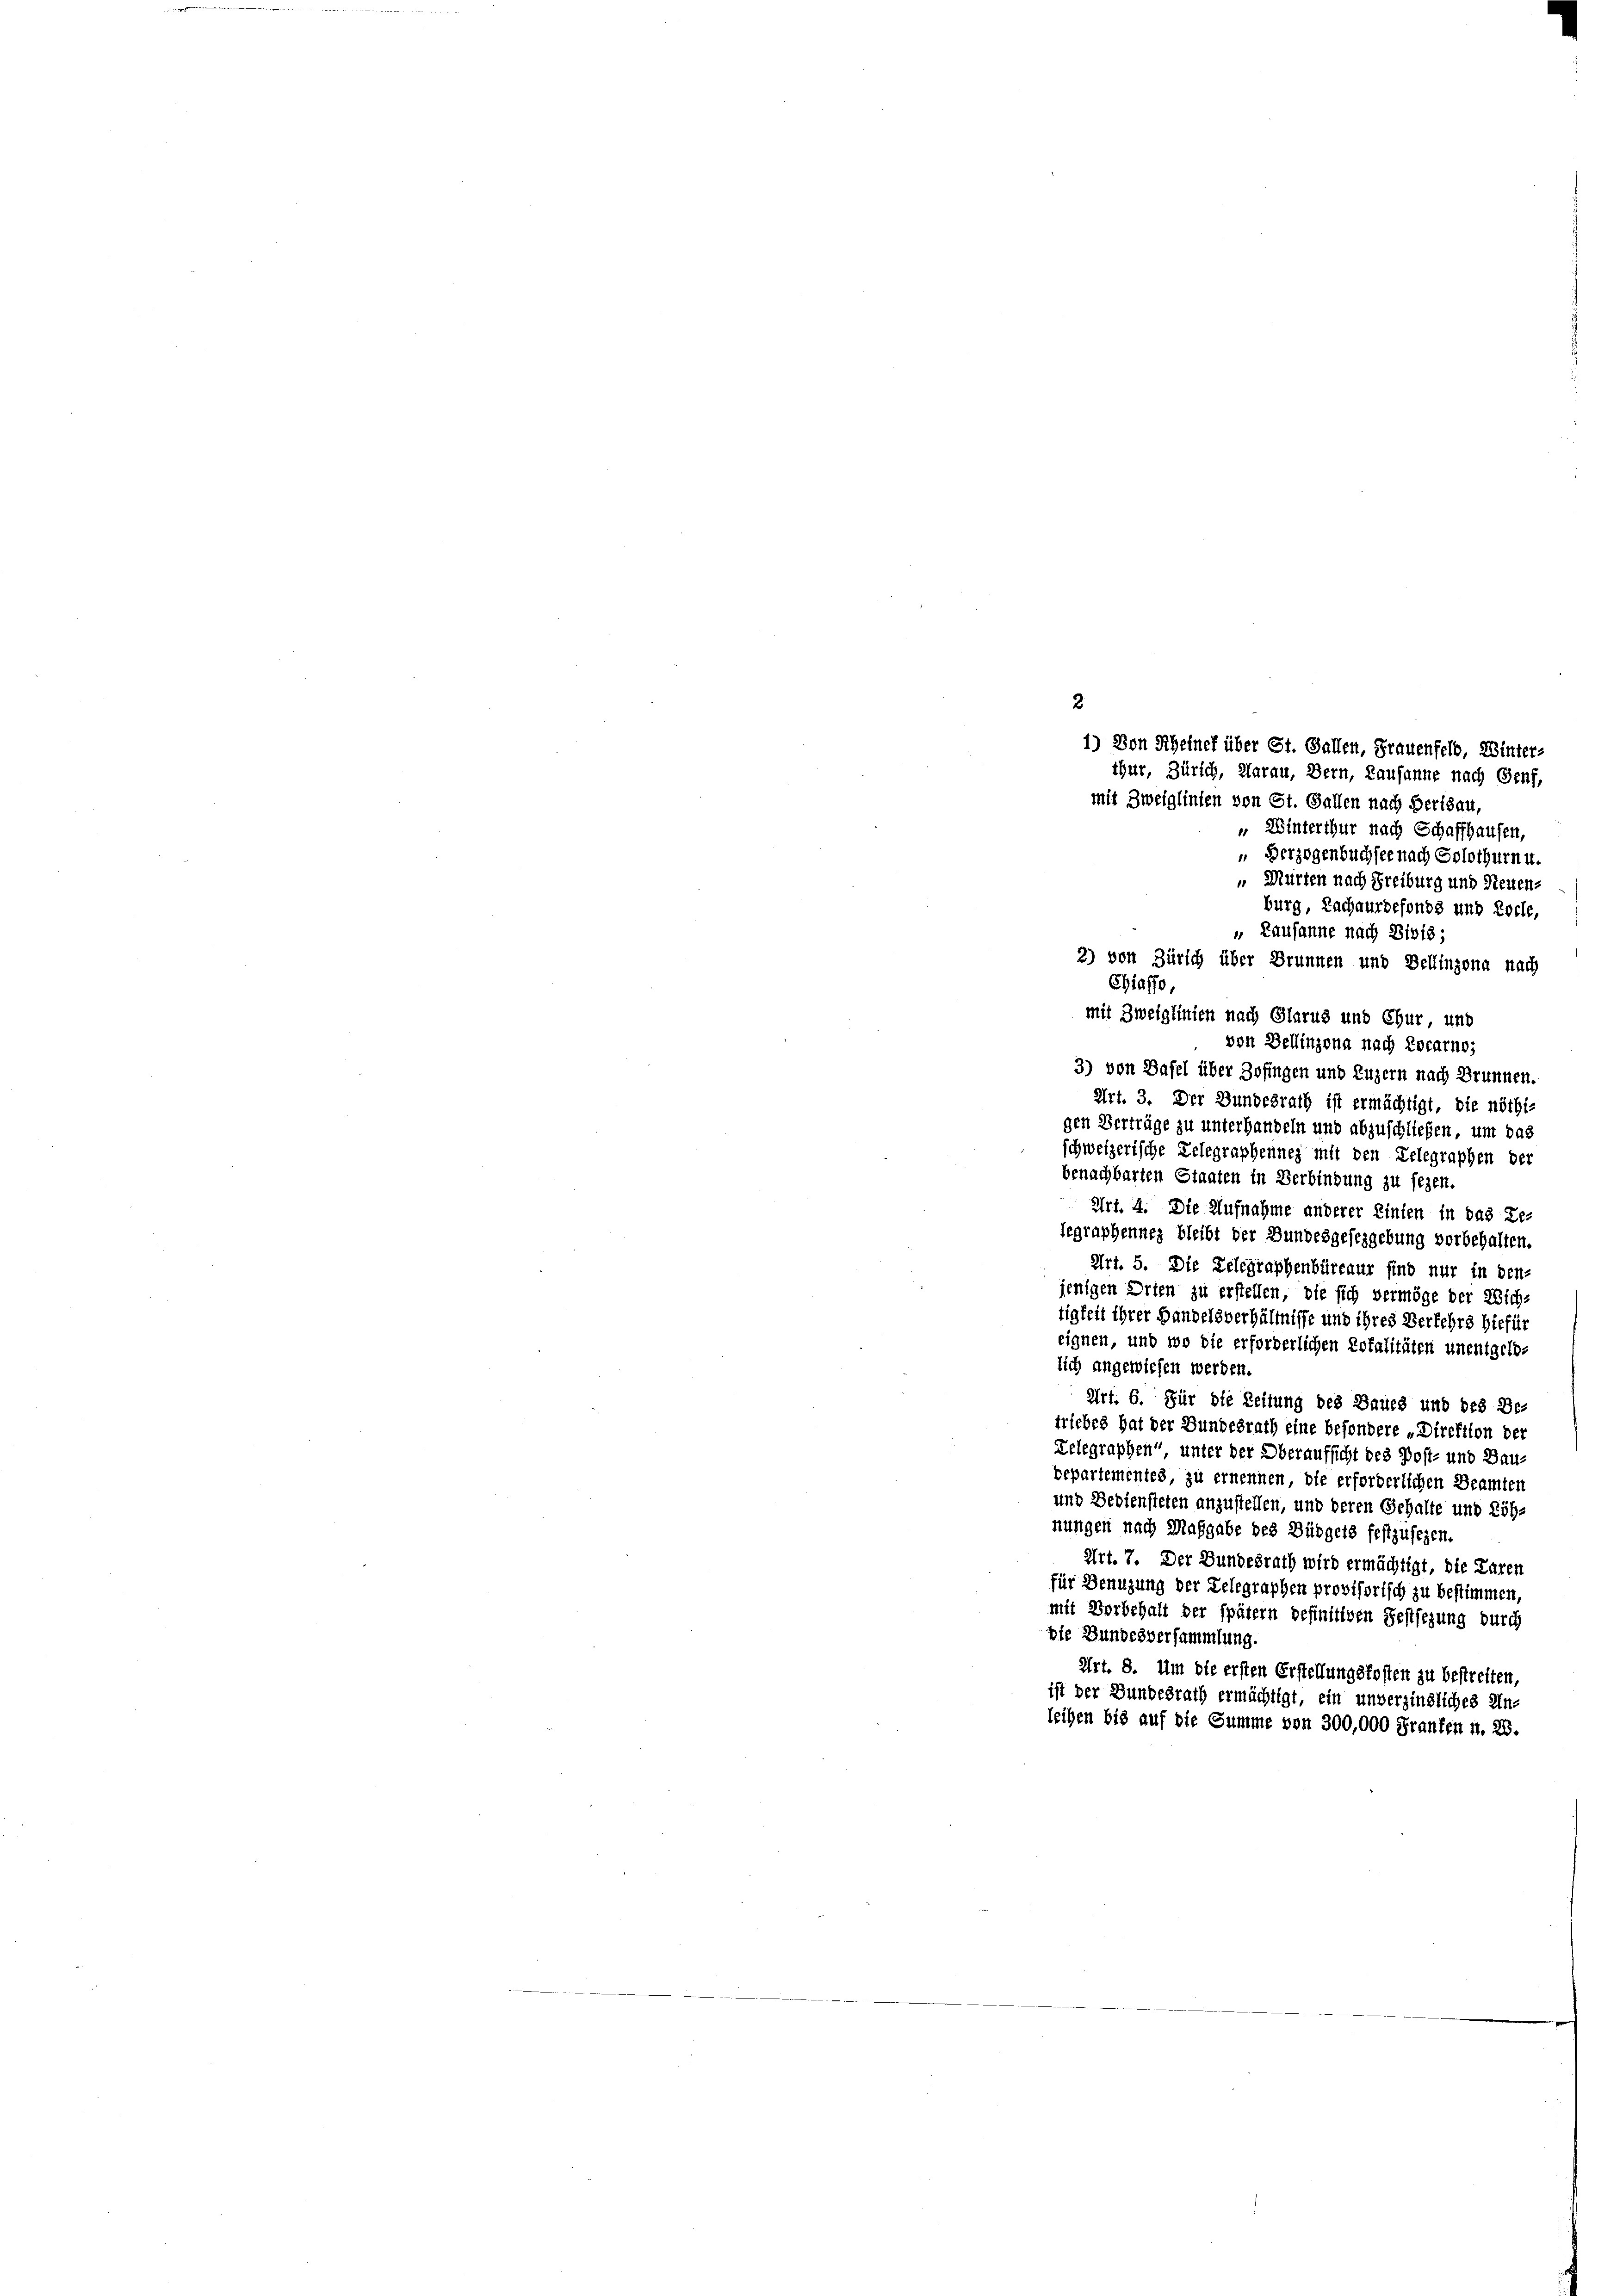
" Winterthur nach Schaffhausen,
u Herzogenbuchsee nach Solothurn u.
„ Murten nach Freiburg und Neuen-
burg, Zachaurdefonds und Loche,
 Lausanne nach Bibis-
2) von Zürich über Brunnen und Bellinzona nach
Chiaffe,
mit Zweiglinien nach Glarus und Chur und
von Dellinzona nach Locarno;
3) von Basel über Zofingen und Luzern nach Brunnen.
Art. 3. Der Bundesrath ist ermächtigt, die nöthi-
gen Verträge zu unterhandeln und abzuschließen, um das
schweizerische Lelegraphenney mit den Lelegraphen der
benachbarten Staaten in Verbindung zu seyen.
Art. 4. Die Aufnahme anderer Linien in das Re-
legraphennes bleibt der Bundesgesezgebung vorbehalten.
Art. 5. Die Relegraphenbüreaur sind nur in den
jenigen Orten zu erstellen, die sich vermöge der Wich-
tigkeit ihrer Handelsverhältnisse und ihres Verkehrs hiefür
eignen, und wo die erforderlichen Totalitäten unentgelelich angewiesen werden.
Art. 6. Für die Zeitung des Baues und des Be-
triebes hat der Bundesrath eine besondere „Direktion der
Telegraphen“, unter der Oberaufsicht des Post- und Bau-
bepartementes, zu ernennen, die erforderlichen Beamter
und Bediensteten anzustellen, und deren Gehalte und Röhnungen nach Maßgabe des Büdgets festzusehen.
Art. 7. Der Bundesrath wird ermächtigt, die Laren
für Benuzung der Telegraphen provisorisch zu bestimmen,
mit Vorbehalt der später definitiven Festsezung durch
die Bundesversammlung.
Art. 8. Um die ersten Erstellungskosten zu bestreiten,
ist der Bundesrath ermächtigt, ein unverzindliches Un-
leihen bis auf die Summe von 300,000 Franken u. 28.

2
1) Von Rheinef über St. Gallen, Frauenfeld, Winter-
thur, Zürich, Harau, Bern, Lausanne nach Genf,
mit Zweiglinien von St. Gallen nach Beridau,